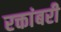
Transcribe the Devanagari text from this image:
रक्तांबरी